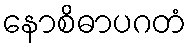
နောစိဓာပဂတံ